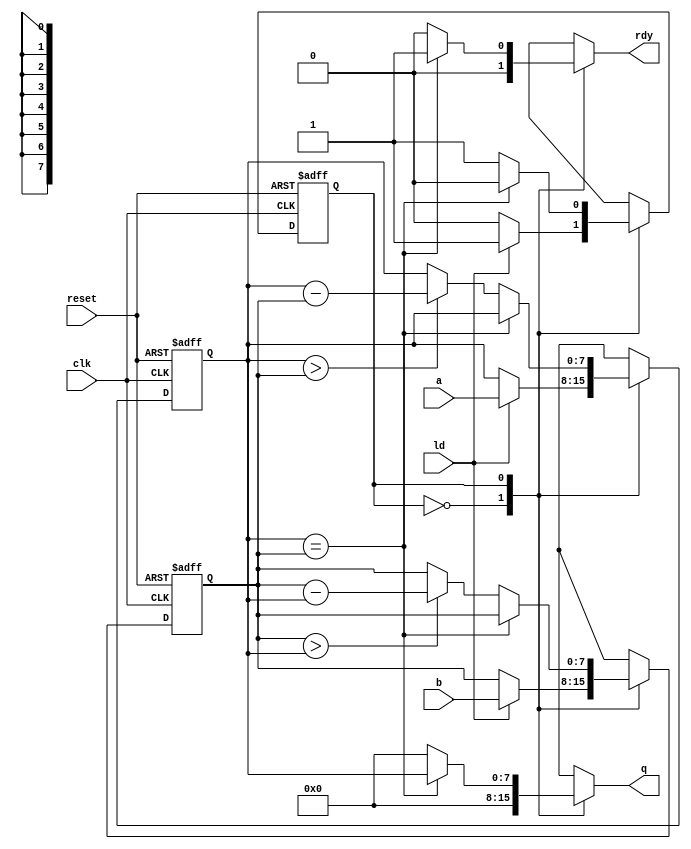
module gcd(
    input wire[7:0] a,
    input wire[7:0] b,
    input wire ld,
    input wire clk,
    input wire reset,
    output wire[7:0] q,
    output wire rdy);

    reg [7:0] areg, areg_next;
    reg [7:0] breg, breg_next;

    reg [7:0] qvar;
    reg rdyvar;

    localparam Sidle = 0, Sactive = 1;

    reg state, state_next;

    always @(posedge clk, posedge reset)
       if (reset)
          begin
          state <= Sidle;
          areg  <= 8'b0;
          breg  <= 8'b0;
          end
       else
          begin
          state <= state_next;
          areg  <= areg_next;
          breg  <= breg_next;
          end

    assign rdy = rdyvar;
    assign q   = qvar;

    always @(*)
      begin
      areg_next  = areg;
      breg_next  = breg;
      state_next = state;
      qvar       = 8'd0;
      rdyvar     = 1'd0;

      case (state)

        Sidle:
          if (ld)
            begin
               areg_next = a;
               breg_next = b;
               state_next = Sactive;
            end

        Sactive:
          if (areg == breg)
             begin
		state_next = Sidle;
		qvar       = areg;
		rdyvar     = 1'b1;
             end
          else
             begin
		areg_next = (areg > breg) ? areg - breg : areg;
		breg_next = (breg > areg) ? breg - areg : breg;
             end
	
        default:
          state_next = Sidle;

      endcase
      end
      
endmodule